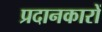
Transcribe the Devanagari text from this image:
प्रदानकारों